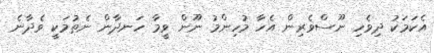
އެކަމަކު ދިވެހި ނޫސްވެރިން އެހާ މުހިންމު ނޫން ވީމާ ހަނދާން ނެތުމަކީ ވެދާނެ